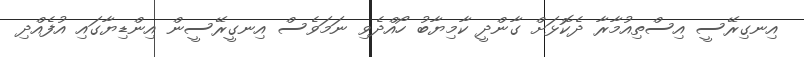
އިނގިރޭސީ އިސްތިއުމާރާ ދެކޮޅަށް ގާންދީ ކާމިޔާބު ހޯއްދެވި ނަމަވެސް އިނގީރޭސީން އިންޑިޔާގައި އުފެއްދި